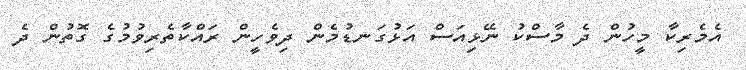
އެމެރިކާ މީހުން ދެ މާސްކު ނޭޅިއަސް އަޅުގަނޑުމެން ދިވެހީން ރައްކާތެރިވުމުގެ ގޮތުން ދެ